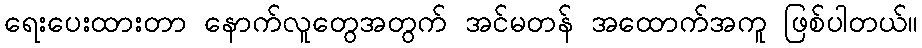
ရေးပေးထားတာ နောက်လူတွေအတွက် အင်မတန် အထောက်အကူ ဖြစ်ပါတယ်။